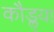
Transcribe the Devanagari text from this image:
कौडॢया